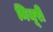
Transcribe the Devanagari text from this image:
मिजूरी